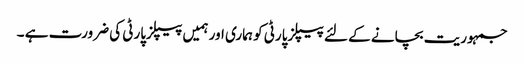
جمہوریت بچانے کے لئے پیپلزپارٹی کو ہماری اور ہمیں پیپلزپارٹی کی ضرورت ہے ۔